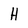
Character: H